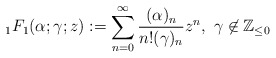
\begin{align*}_{1}F_{1}(\alpha;\gamma;z):=\sum_{n=0}^{\infty}\frac{(\alpha)_{n}}{n!(\gamma)_{n}}z^{n}, \ \gamma\not\in \mathbb{Z}_{\leq 0}\end{align*}